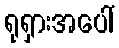
ရုရှားအပေါ်